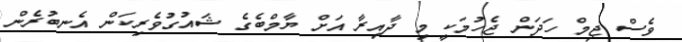
ވެސް ޖިމް ހަދަން ޖެހުމަކީ މި ދާއިރާ އަށް ޔާމްބެގެ ޝައުގުވެރިކަން އެނބުރެން